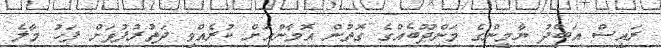
ރައީސް އަބްދު ޔާމީންގެ މަންދޫބެއްގެ ގޮތުން އޮމާންއަށް ކުރެއްވި ދަތުރުފުޅަށް ފަހު މާލެ